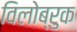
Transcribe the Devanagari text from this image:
विलोब्रुक